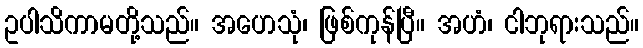
ဥပါသိကာမတို့သည်။ အဟေသုံ၊ ဖြစ်ကုန်ပြီ။ အဟံ၊ ငါဘုရားသည်။